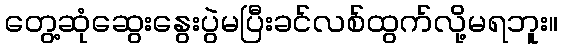
တွေ့ဆုံဆွေးနွေးပွဲမပြီးခင်လစ်ထွက်လို့မရဘူး။